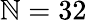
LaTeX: \mathbb{N}=32